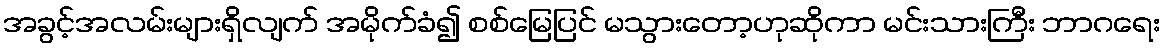
အခွင့်အလမ်းများရှိလျက် အမိုက်ခံ၍ စစ်မြေပြင် မသွားတော့ဟုဆိုကာ မင်းသားကြီး ဘာဂရေး